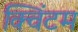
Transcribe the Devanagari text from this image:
क्विंटम